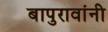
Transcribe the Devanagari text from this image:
बापुरावांनी